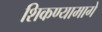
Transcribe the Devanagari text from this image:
शिकण्यामागे